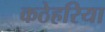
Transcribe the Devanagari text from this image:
कठेहरिया